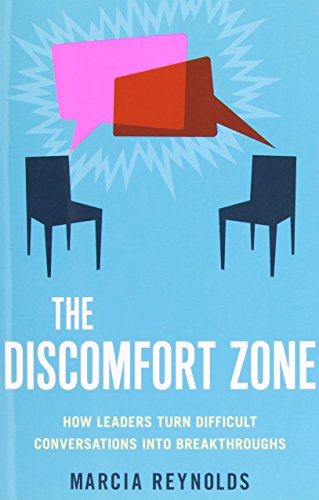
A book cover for The Discomfort Zone: How Leaders Turn Difficult Conversations Into Breakthroughs; Marcia Reynolds; Business & Money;